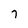
Character: 7